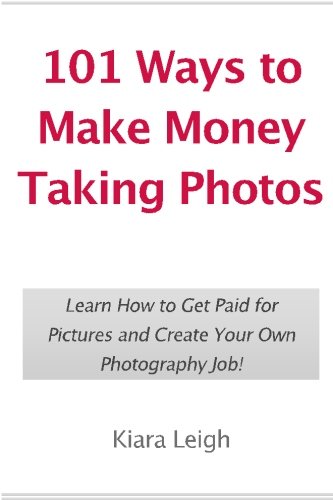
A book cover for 101 Ways to Make Money Taking Photos: Learn How to Get Paid for Pictures and Create Your Own Photography Job!; Kiara Leigh; Arts & Photography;